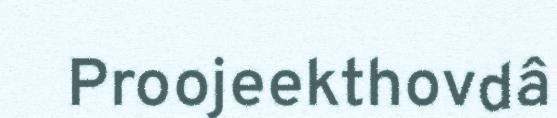
Proojeekthovdâ